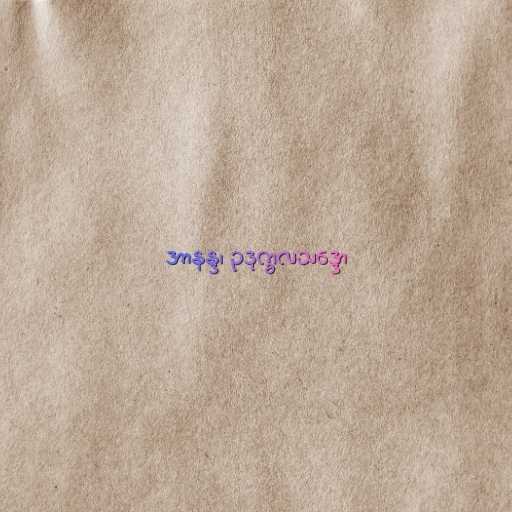
အာနန္ဒ၊ ဥဒုက္ခလသဒ္ဒော